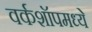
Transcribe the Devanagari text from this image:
वर्कशॉपमध्ये